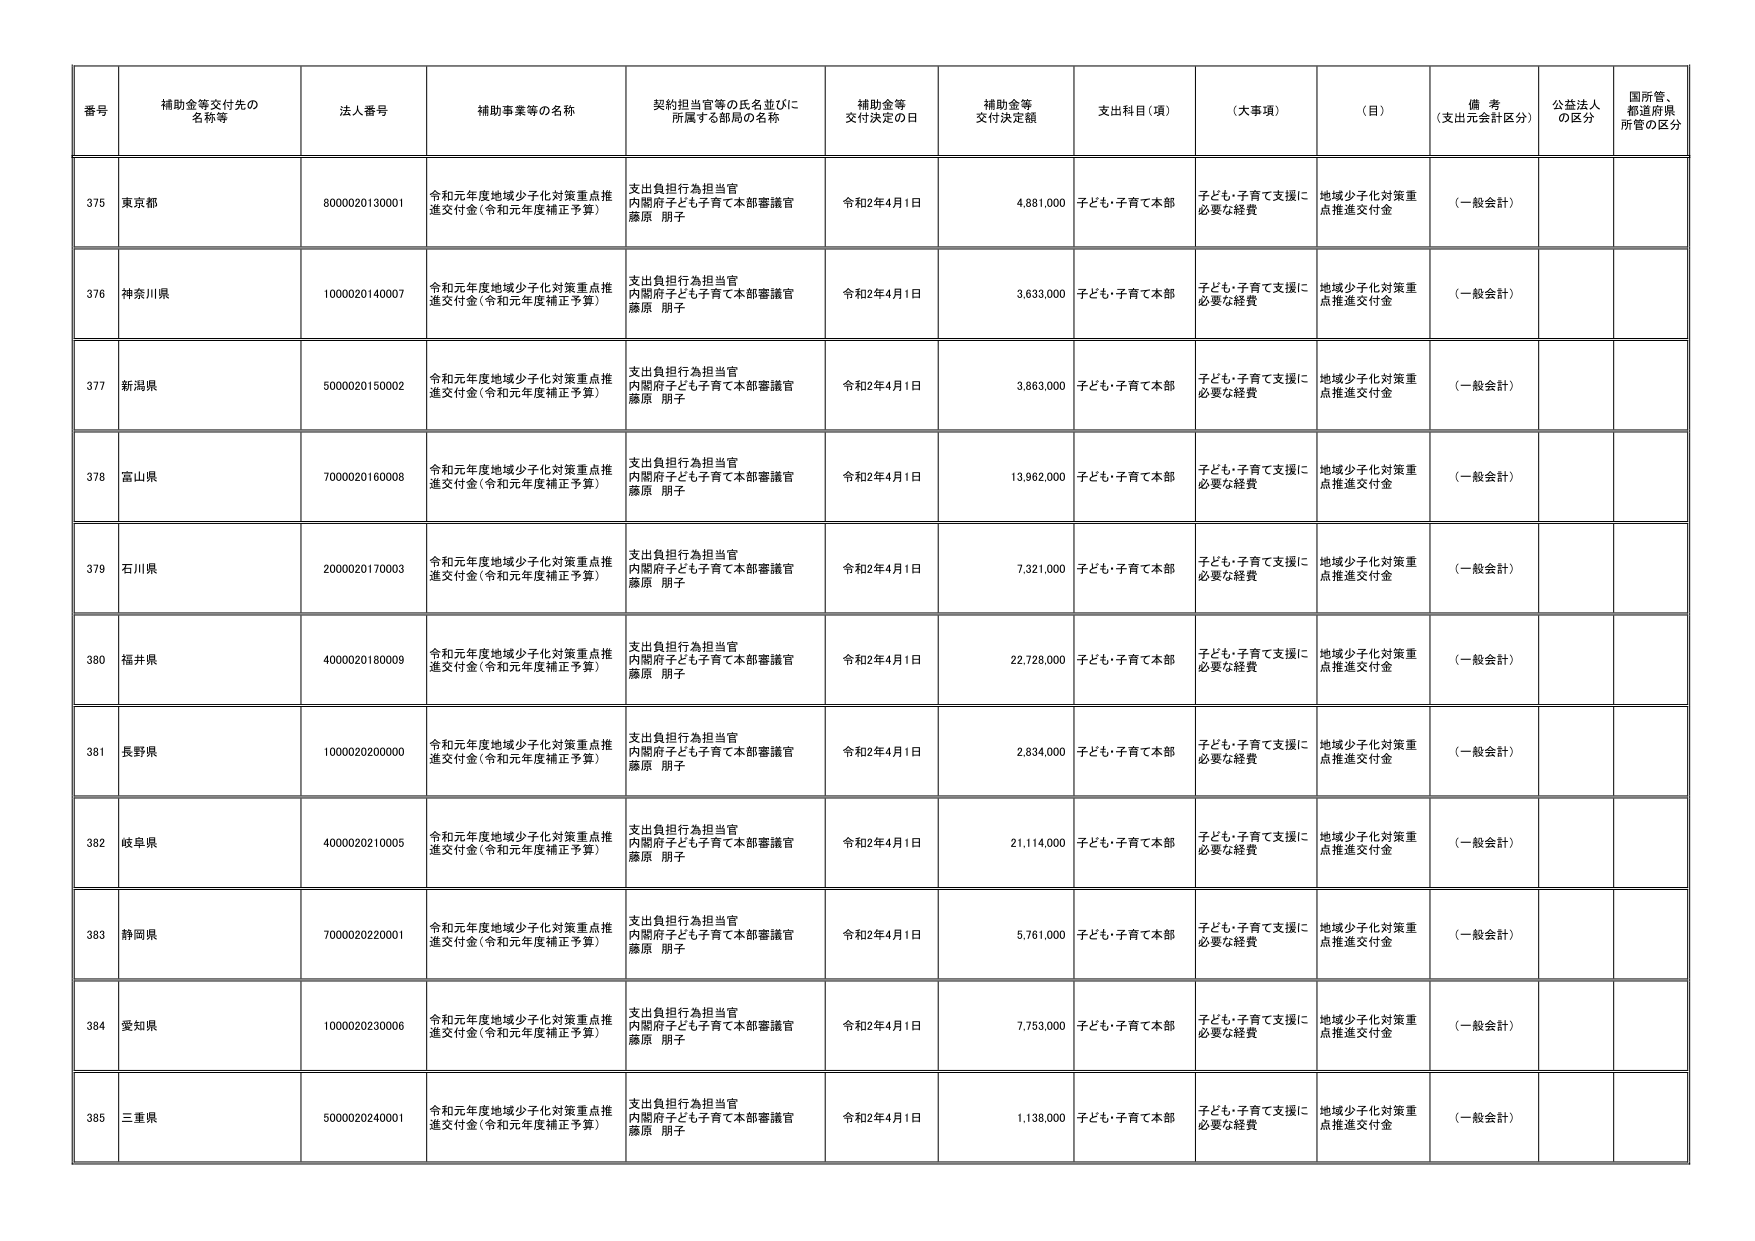
番号 補助金等交付先の名称等 法人番号 補助事業等の名称 契約担当官等の氏名並びに所属する部局の名称 補助金等交付決定の日 補助金等交付決定額 支出科目（項） （大事項） （目） 備考（支出元会計区分） 公益法人の区分 国所管、都道府県所管の区分
375 東京都 8000020130001 令和元年度地域少子化対策重点推進交付金（令和元年度補正予算） 支出負担行為担当官 内閣府子ども子育て本部審議官 藤原 朋子 令和2年4月1日 4,881,000 子ども・子育て本部 子ども・子育て支援に必要な経費 地域少子化対策重点推進交付金 （一般会計）
376 神奈川県 1000020140007 令和元年度地域少子化対策重点推進交付金（令和元年度補正予算） 支出負担行為担当官 内閣府子ども子育て本部審議官 藤原 朋子 令和2年4月1日 3,633,000 子ども・子育て本部 子ども・子育て支援に必要な経費 地域少子化対策重点推進交付金 （一般会計）
377 新潟県 5000020150002 令和元年度地域少子化対策重点推進交付金（令和元年度補正予算） 支出負担行為担当官 内閣府子ども子育て本部審議官 藤原 朋子 令和2年4月1日 3,863,000 子ども・子育て本部 子ども・子育て支援に必要な経費 地域少子化対策重点推進交付金 （一般会計）
378 富山県 7000020160008 令和元年度地域少子化対策重点推進交付金（令和元年度補正予算） 支出負担行為担当官 内閣府子ども子育て本部審議官 藤原 朋子 令和2年4月1日 13,962,000 子ども・子育て本部 子ども・子育て支援に必要な経費 地域少子化対策重点推進交付金 （一般会計）
379 石川県 2000020170003 令和元年度地域少子化対策重点推進交付金（令和元年度補正予算） 支出負担行為担当官 内閣府子ども子育て本部審議官 藤原 朋子 令和2年4月1日 7,321,000 子ども・子育て本部 子ども・子育て支援に必要な経費 地域少子化対策重点推進交付金 （一般会計）
380 福井県 4000020180009 令和元年度地域少子化対策重点推進交付金（令和元年度補正予算） 支出負担行為担当官 内閣府子ども子育て本部審議官 藤原 朋子 令和2年4月1日 22,728,000 子ども・子育て本部 子ども・子育て支援に必要な経費 地域少子化対策重点推進交付金 （一般会計）
381 長野県 1000020200000 令和元年度地域少子化対策重点推進交付金（令和元年度補正予算） 支出負担行為担当官 内閣府子ども子育て本部審議官 藤原 朋子 令和2年4月1日 2,834,000 子ども・子育て本部 子ども・子育て支援に必要な経費 地域少子化対策重点推進交付金 （一般会計）
382 岐阜県 4000020210005 令和元年度地域少子化対策重点推進交付金（令和元年度補正予算） 支出負担行為担当官 内閣府子ども子育て本部審議官 藤原 朋子 令和2年4月1日 21,114,000 子ども・子育て本部 子ども・子育て支援に必要な経費 地域少子化対策重点推進交付金 （一般会計）
383 静岡県 7000020220001 令和元年度地域少子化対策重点推進交付金（令和元年度補正予算） 支出負担行為担当官 内閣府子ども子育て本部審議官 藤原 朋子 令和2年4月1日 5,761,000 子ども・子育て本部 子ども・子育て支援に必要な経費 地域少子化対策重点推進交付金 （一般会計）
384 愛知県 1000020230006 令和元年度地域少子化対策重点推進交付金（令和元年度補正予算） 支出負担行為担当官 内閣府子ども子育て本部審議官 藤原 朋子 令和2年4月1日 7,753,000 子ども・子育て本部 子ども・子育て支援に必要な経費 地域少子化対策重点推進交付金 （一般会計）
385 三重県 5000020240001 令和元年度地域少子化対策重点推進交付金（令和元年度補正予算） 支出負担行為担当官 内閣府子ども子育て本部審議官 藤原 朋子 令和2年4月1日 1,138,000 子ども・子育て本部 子ども・子育て支援に必要な経費 地域少子化対策重点推進交付金 （一般会計）